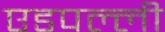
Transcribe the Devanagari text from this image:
एडपल्ली